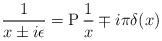
\begin{align*}\frac{1}{x\pm i\epsilon}={\rm P}\,\frac{1}{x}\mp i\pi\delta(x)\end{align*}